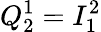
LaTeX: Q_{2}^{1}=I_{1}^{2}